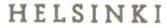
HELSINKI